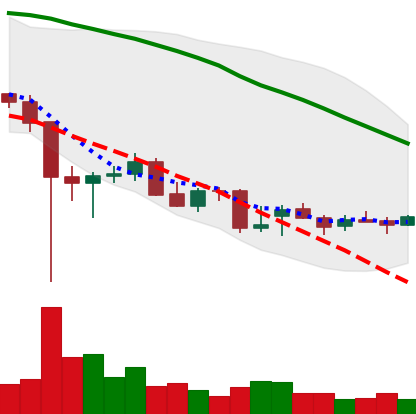
Ticker: ETC-USD
Chart end date: 2021-12-21
Forward return: 7.385%
Label: up_7plus